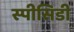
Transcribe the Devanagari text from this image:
स्पीसिडी